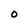
Character: O